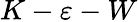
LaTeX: K-\varepsilon-W